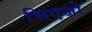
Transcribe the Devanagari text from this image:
भिएजो